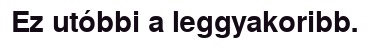
Ez utóbbi a leggyakoribb.